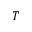
T